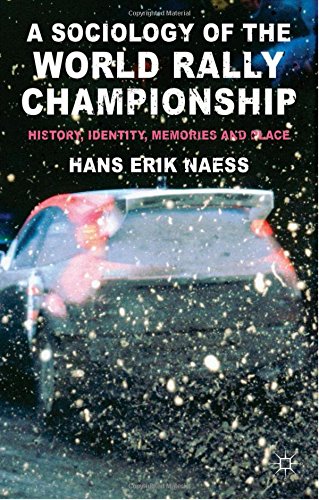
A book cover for A Sociology of the World Rally Championship: History, Identity, Memories and Place; Hans Erik Naess; Business & Money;